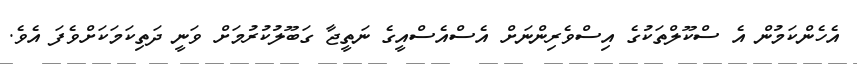
އެހެންކަމުން އެ ސްކޫލްތަކުގެ އިސްވެރިންނަށް އެސްއެސްއީގެ ނަތީޖާ ގަބޫލުކުރުމަށް ވަނީ ދަތިކަމަކަށްވެފަ އެވެ.